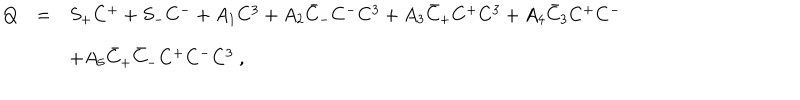
LaTeX: \begin{array} { r c l } { { Q } } & { { = } } & { { S _ { + } C ^ { + } + S _ { - } C ^ { - } + A _ { 1 } C ^ { 3 } + A _ { 2 } \bar { C } _ { - } C ^ { - } C ^ { 3 } + A _ { 3 } \bar { C } _ { + } C ^ { + } C ^ { 3 } + A _ { 4 } \bar { C } _ { 3 } C ^ { + } C ^ { - } } } \\ { { } } & { { } } & { { + A _ { 5 } \bar { C } _ { + } \bar { C } _ { - } C ^ { + } C ^ { - } C ^ { 3 } ~ , } } \\ \end{array}